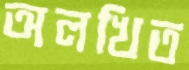
অলখিত